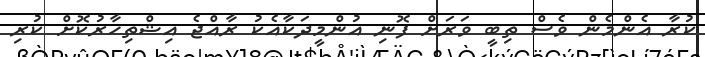
ކުރާ އެންމެން ވެސް ތިބީ ވަރަށް ފޮނި އުންމީދަކާއެކު ރާއްޖެ އިޝްތިހާރުކޮށް ކުރި